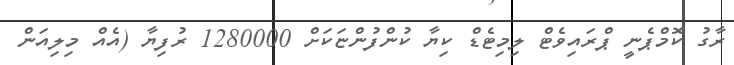
ރާގު ކޮމްޕެނީ ޕްރައިވެޓް ލިމިޓެޑް ކިޔާ ކުންފުންޏަކަށް 1280000 ރުފިޔާ (އެއް މިލިއަން